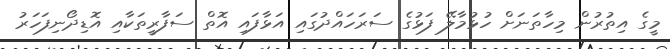
މީގެ އިތުރުން މިހާތަނަށް ހުޅުމާލޭ ފަޅުގެ ސަރަހައްދުގައި އަޅާފައި އޮތް ސަފާރީތަކާއި އޮޑިދޯނިފަހަރު